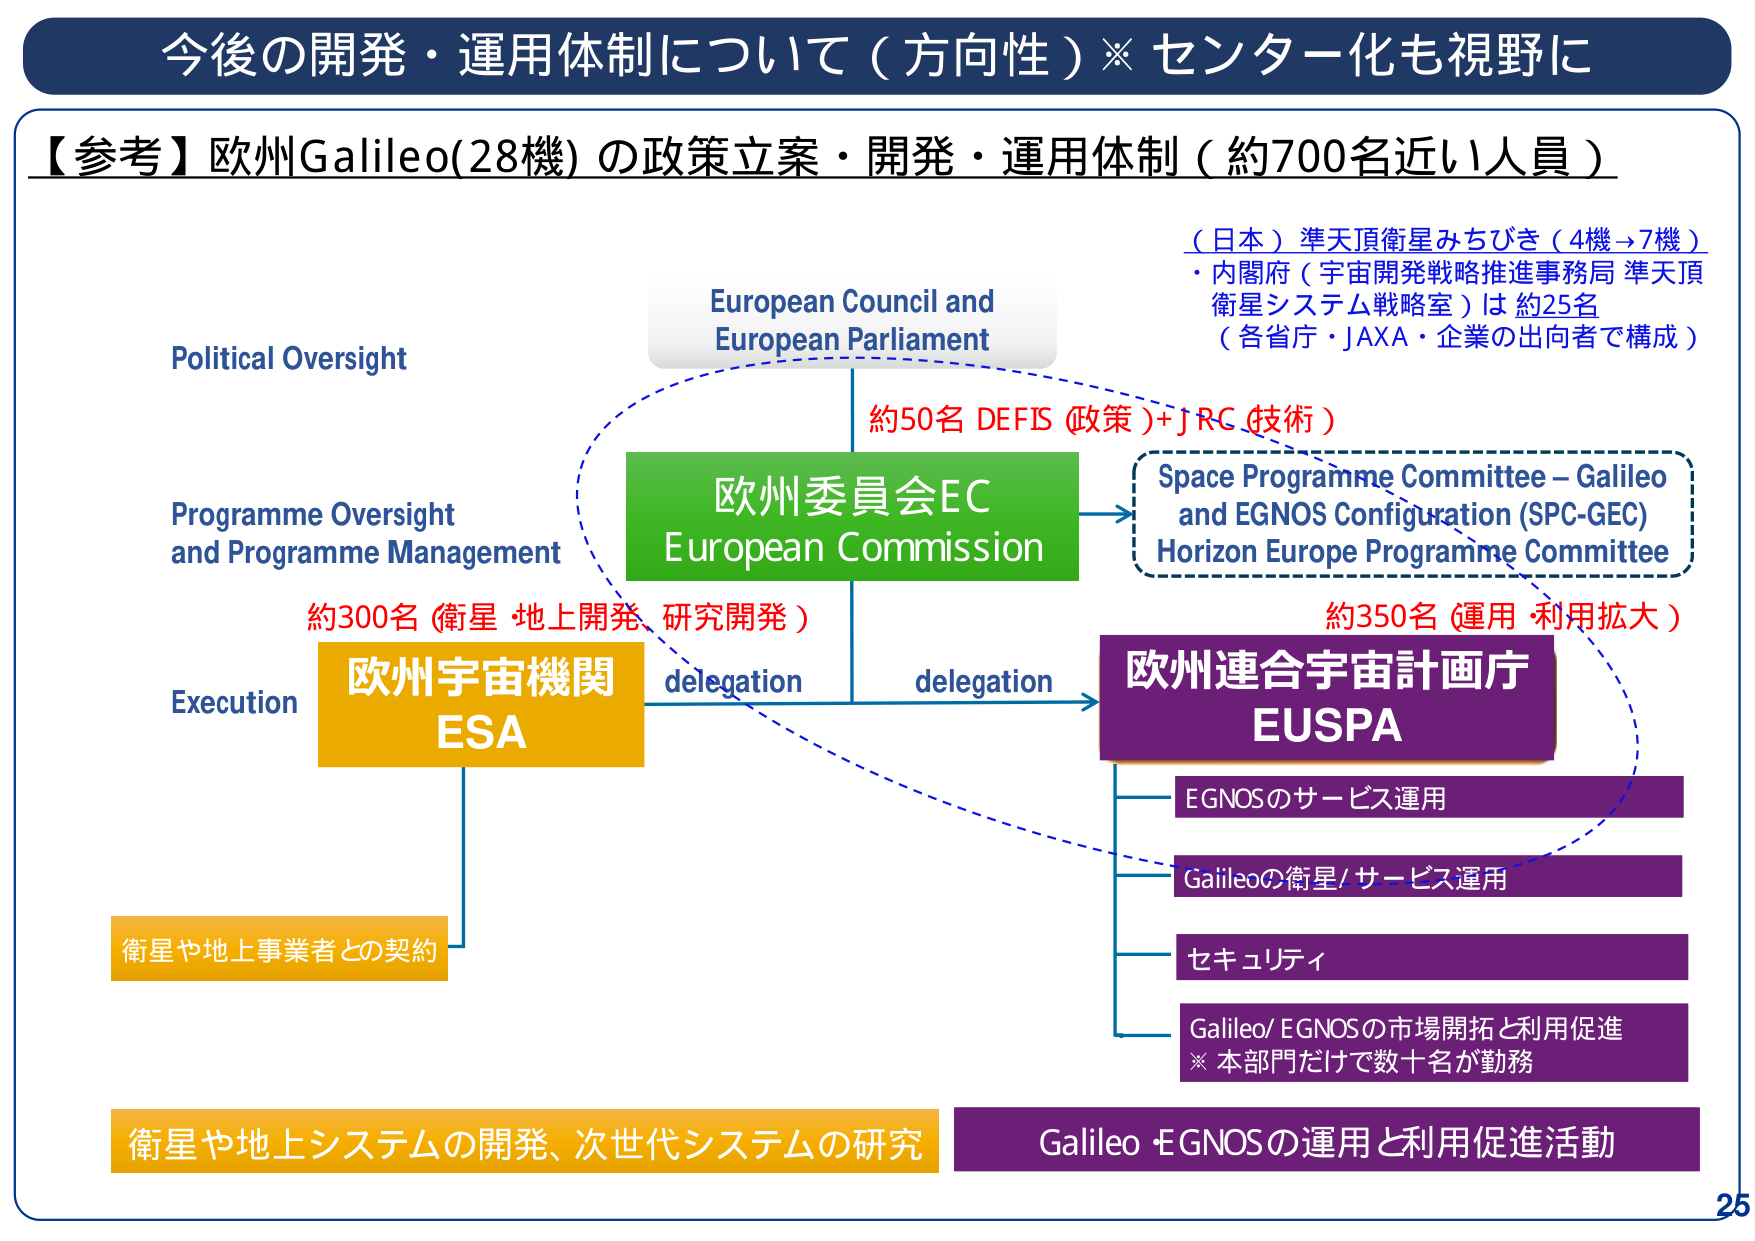
今後の開発・運用体制について（方向性）※センター化も視野に

【参考】欧州Galileo(28機) の政策立案・開発・運用体制（約700名近い人員）

Political Oversight
European Council and
European Parliament

Programme Oversight
and Programme Management

Execution

約300名 (衛星 地上開発、研究開発)
欧州宇宙機関
ESA

衛星や地上事業者との契約

衛星や地上システムの開発、次世代システムの研究

欧州委員会EC
European Commission

delegation
delegation

約50名 DEFIS (政策)+JRC (技術)

Space Programme Committee – Galileo
and EGNOS Configuration (SPC-GEC)
Horizon Europe Programme Committee

欧州連合宇宙計画庁
EUSPA

EGNOSのサービス運用

Galileoの衛星/サービス運用

セキュリティ

Galileo/EGNOSの市場開拓と利用促進
※本部門だけで数十名が勤務

Galileo・EGNOSの運用と利用促進活動

（日本）準天頂衛星みちびき（4機→7機）
・内閣府（宇宙開発戦略推進事務局 準天頂衛星システム戦略室）は 約25名
（各省庁・JAXA・企業の出向者で構成）

約350名 (運用・利用拡大)

25